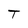
Character: T